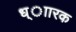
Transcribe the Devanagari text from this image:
ध्ाारक